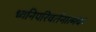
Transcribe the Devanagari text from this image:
ध्वनिपरिवर्तनात्मक